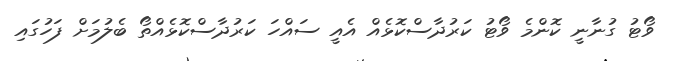
ވޯޓު ގުނާނީ ކޮންމެ ވޯޓު ކަރުދާސްކޮޅެއް އެއީ ސައްހަ ކަރުދާސްކޮޅެއްތޯ ބެލުމަށް ފަހުގައި